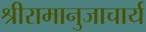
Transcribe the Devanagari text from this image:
श्रीरामानुजाचार्य